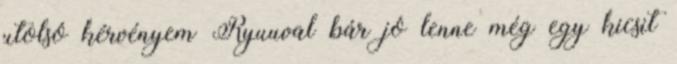
utolsó kérvényem Ryuuval bár jó lenne még egy kicsit